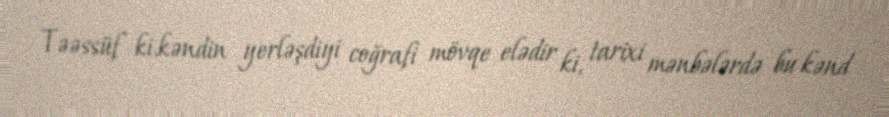
Təəssüf ki,kəndin yerləşdiyi coğrafi mövqe elədir ki, tarixi mənbələrdə bu kənd